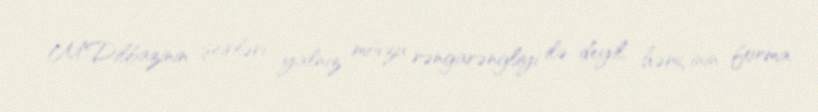
M.Dilbazinin şeirləri yalnız mövzu rəngarəngliyi ilə deyil, həmçinin forma